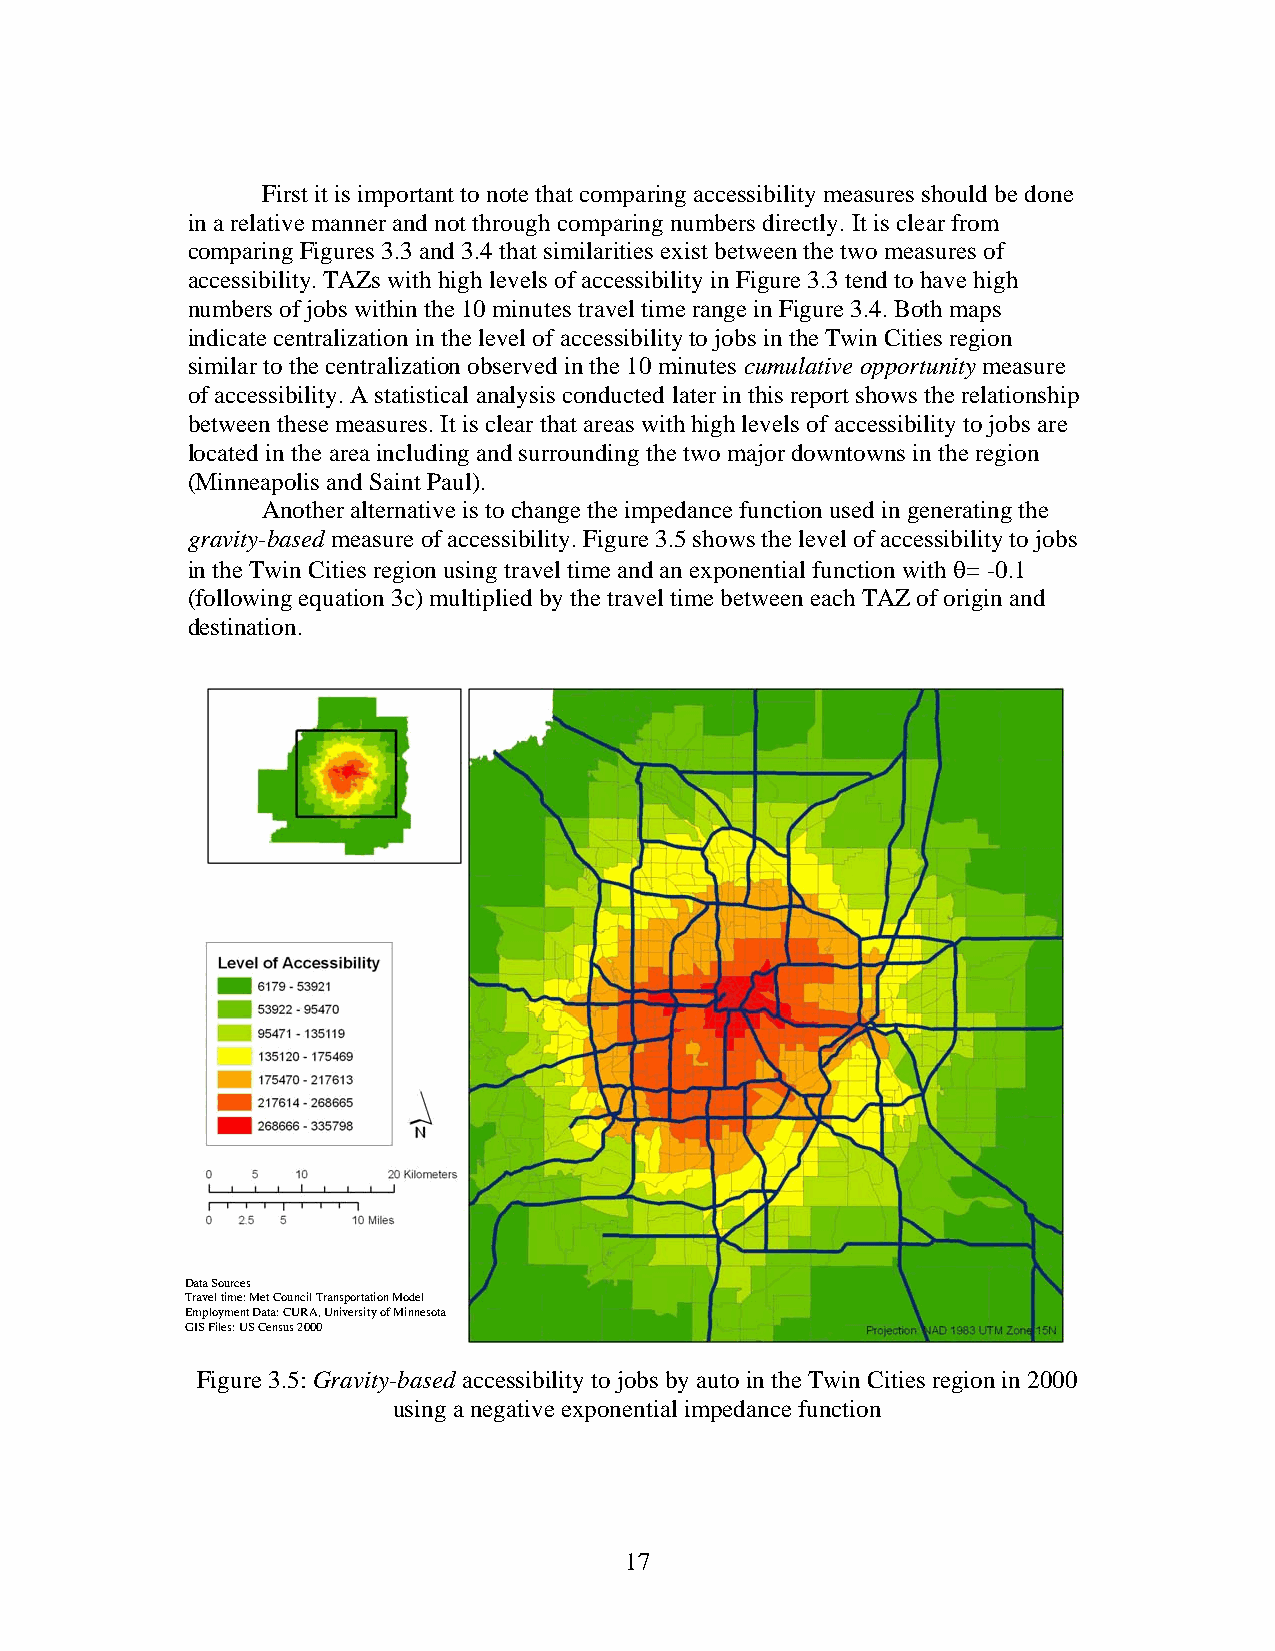
First it is important to note that comparing accessibility measures should be done
 in a relative manner and not through comparing numbers directly. It is clear from
 comparing Figures 3.3 and 3.4 that similarities exist between the two measures of
 accessibility. TAZs with high levels of accessibility in Figure 3.3 tend to have high
 numbers of jobs within the 10 minutes travel time range in Figure 3.4. Both maps
 indicate centralization in the level of accessibility to jobs in the Twin Cities region
 similar to the centralization observed in the 10 minutes cumulative opportunity measure
 of accessibility. A statistical analysis conducted later in this report shows the relationship
 between these measures. It is clear that areas with high levels of accessibility to jobs are
 located in the area including and surrounding the two major downtowns in the region
 (Minneapolis and Saint Paul).
 Another alternative is to change the impedance function used in generating the
 gravity-based measure of accessibility. Figure 3.5 shows the level of accessibility to jobs
 in the Twin Cities region using travel time and an exponential function with θ= -0.1
 (following equation 3c) multiplied by the travel time between each TAZ of origin and
 destination.
 Data Sources
 TDraavtae lS toimurec:e Ms et Council Transportation Model
 ETmrapvloely mtimenet: DMaetta :C CoUunRcAil ,T Urannivspeorsrittayt ioofn MMiondneels ota
 GEImS pFlioleysm: eUnSt DCaetnas:u Cs U20R0A0, University of Minnesota
 GIS Files: US Census 2000
 Figure 3.5: Gravity-based accessibility to jobs by auto in the Twin Cities region in 2000
 using a negative exponential impedance function
 17